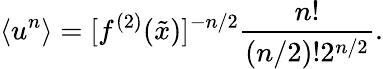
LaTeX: \langle u^{n}\rangle=[f^{(2)}(\tilde{x})]^{-n/2}\frac{n!}{(n/2)!2^{n/2}}.